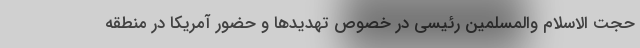
حجت الاسلام والمسلمین رئیسی در خصوص تهدید‌ها و حضور آمریکا در منطقه